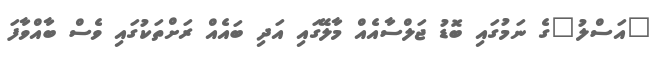
"އަސްލު"ގެ ނަމުގައި ބޮޑު ޖަލްސާއެއް މާލޭގައި އަދި ބައެއް ރަށްތަކުގައި ވެސް ބާއްވާފަ